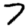
Digit: 7